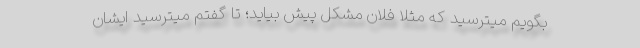
بگویم میترسید که مثلا فلان مشکل پیش بیاید؛ تا گفتم میترسید ایشان